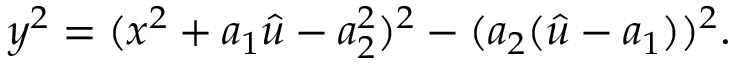
y ^ { 2 } = ( x ^ { 2 } + a _ { 1 } \hat { u } - a _ { 2 } ^ { 2 } ) ^ { 2 } - ( a _ { 2 } ( \hat { u } - a _ { 1 } ) ) ^ { 2 } .